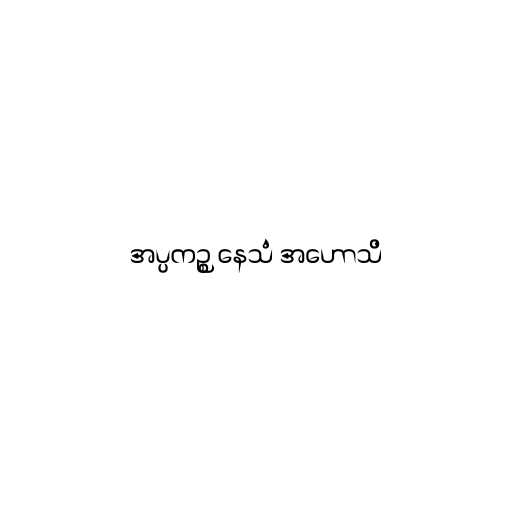
အပ္ပကဉ္စ နေသံ အဟောသိ